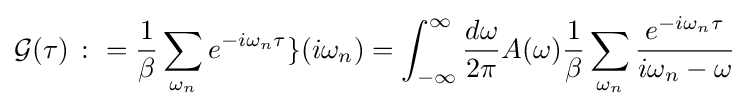
{\mathcal {G}}(\tau )\ \colon ={\frac {1}{\beta }}\sum _{\omega _{n}}e^{-i\omega _{n}\tau }{\mathcal {g}}(i\omega _{n})=\int _{-\infty }^{\infty }{\frac {d\omega }{2\pi }}A(\omega ){\frac {1}{\beta }}\sum _{\omega _{n}}{\frac {e^{-i\omega _{n}\tau }}{i\omega _{n}-\omega }}